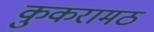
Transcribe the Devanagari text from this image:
कुकरामठ